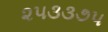
૨૫૩૩૭૫